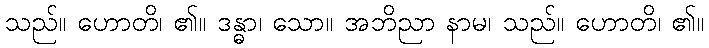
သည်။ ဟောတိ၊ ၏။ ဒန္ဓာ၊ သော။ အဘိညာ နာမ၊ သည်။ ဟောတိ၊ ၏။